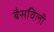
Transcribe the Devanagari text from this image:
बैसविली